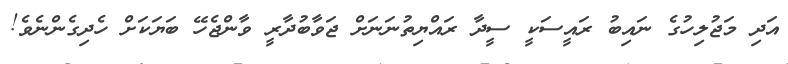
އަދި މަޖުލިހުގެ ނައިބު ރައީސަކީ ސީދާ ރައްޔިތުނަނަށް ޖަވާބުދާރީ ވާންޖެހޭ ބަޔަކަށް ހެދިގެންނެވެ!